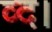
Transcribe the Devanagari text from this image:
व्द।